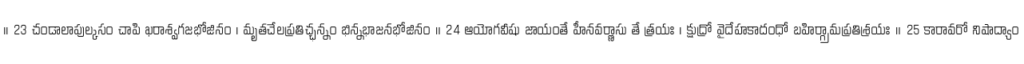
।। 23 చండాలాపుల్కసం చాపి ఖరాశ్వగజభోజినం । మృతచేలప్రతిచ్ఛన్నం భిన్నభాజనభోజినం ॥ 24 ఆయోగవీషు జాయంతే హీనవర్ణాసు తే త్రయః । క్షుద్రో వైదేహకాదంధో బహిర్గ్రామప్రతిశ్రయః ॥ 25 కారావరో నిషాద్యాం